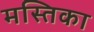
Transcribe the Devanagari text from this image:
मस्तिका